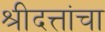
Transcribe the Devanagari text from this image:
श्रीदत्तांचा